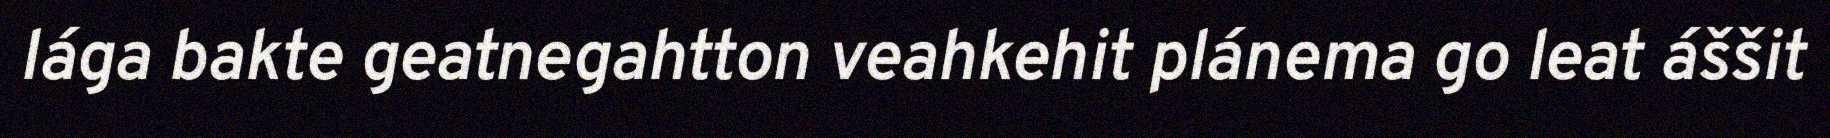
lága bakte geatnegahtton veahkehit plánema go leat áššit